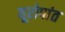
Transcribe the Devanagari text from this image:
यूरोपांत